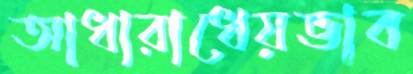
আধারাধেয়ভাব